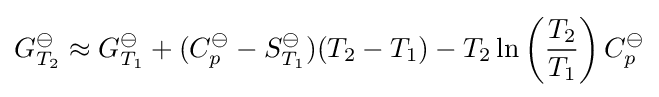
G_{T_{2}}^{\ominus }\approx G_{T_{1}}^{\ominus }+(C_{p}^{\ominus }-S_{T_{1}}^{\ominus })(T_{2}-T_{1})-T_{2}\ln \left({\frac {T_{2}}{T_{1}}}\right)C_{p}^{\ominus }